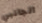
الجانبي